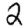
Digit: 2